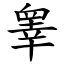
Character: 睾